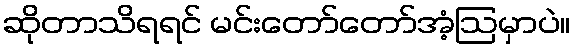
ဆိုတာသိရရင် မင်းတော်တော်အံ့ဩမှာပဲ။